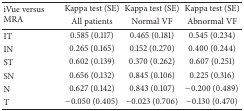
<table><thead><tr><td rowspan="2"><b>iVue versus MRA</b></td><td><b>Kappa test (SE)</b></td><td><b>Kappa test (SE)</b></td><td><b>Kappa test (SE)</b></td></tr><tr><td><b>All patients</b></td><td><b>Normal VF</b></td><td><b>Abnormal VF</b></td></tr></thead><tbody><tr><td>IT</td><td>0.585 (0.117)</td><td>0.465 (0.181)</td><td>0.545 (0.234)</td></tr><tr><td>IN</td><td>0.265 (0.165)</td><td>0.152 (0.270)</td><td>0.400 (0.244)</td></tr><tr><td>ST</td><td>0.602 (0.139)</td><td>0.370 (0.262)</td><td>0.607 (0.251)</td></tr><tr><td>SN</td><td>0.656 (0.132)</td><td>0.845 (0.106)</td><td>0.225 (0.316)</td></tr><tr><td>N</td><td>0.627 (0.142)</td><td>0.843 (0.107)</td><td>−0.200 (0.489)</td></tr><tr><td>T</td><td>−0.050 (0.405)</td><td>−0.023 (0.706)</td><td>−0.130 (0.470)</td></tr></tbody></table>